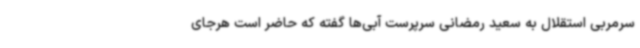
سرمربی استقلال به سعید رمضانی سرپرست آبی‌ها گفته که حاضر است هرجای